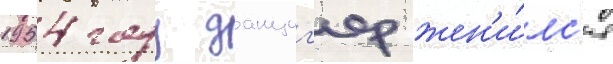
1954 году данциг'ер жен'и́лс'я